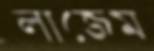
লাজেম